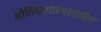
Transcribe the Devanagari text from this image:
भौतिकशास्त्रशाखेत